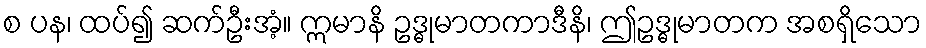
စ ပန၊ ထပ်၍ ဆက်ဦးအံ့။ ဣမာနိ ဥဒ္ဓုမာတကာဒီနိ၊ ဤဥဒ္ဓုမာတက အစရှိသော